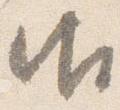
御